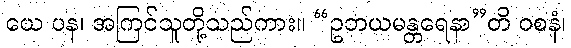
ယေ ပန၊ အကြင်သူတို့သည်ကား။ “ဥဘယမန္တရေနာ”တိ ဝစနံ၊